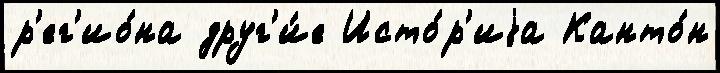
р'ег'ио́на друг'и́е Исто́р'иjа Канто́н